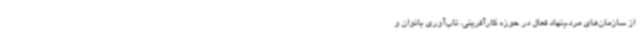
از سازمان‌های مردم‌نهاد فعال در حوزه کارآفرینی، تاب‌آوری بانوان و